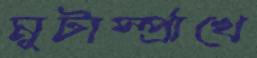
মুটার্স্প্রাখে